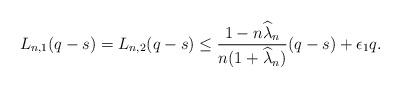
LaTeX: \begin{align*}L_{n,1}(q-s)=L_{n,2}(q-s)\leq \frac{1-n\widehat{\lambda}_{n}}{n(1+\widehat{\lambda}_{n})}(q-s)+ \epsilon_{1}q.\end{align*}